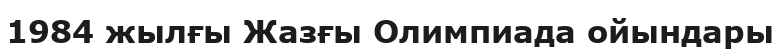
1984 жылғы Жазғы Олимпиада ойындары